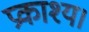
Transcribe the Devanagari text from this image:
प्रकाश्य।